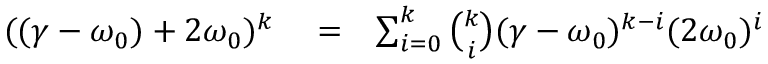
\begin{array} { r l r } { ( ( \gamma - \omega _ { 0 } ) + 2 \omega _ { 0 } ) ^ { k } } & { { } = } & { \sum _ { i = 0 } ^ { k } \binom { k } { i } ( \gamma - \omega _ { 0 } ) ^ { k - i } ( 2 \omega _ { 0 } ) ^ { i } } \end{array}